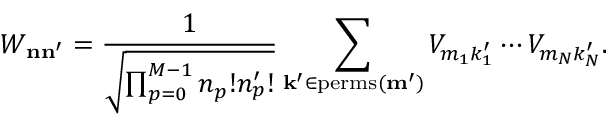
W _ { \mathbf { n } \mathbf { n } ^ { \prime } } = \frac { 1 } { \sqrt { \prod _ { p = 0 } ^ { M - 1 } n _ { p } ! n _ { p } ^ { \prime } ! } } \sum _ { \mathbf { k } ^ { \prime } \in \mathrm { p e r m s } ( \mathbf { m } ^ { \prime } ) } V _ { m _ { 1 } k _ { 1 } ^ { \prime } } \cdots V _ { m _ { N } k _ { N } ^ { \prime } } .